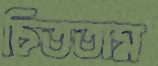
চিততাম